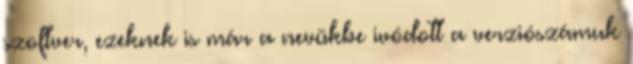
szoftver, ezeknek is már a nevükbe ivódott a verziószámuk